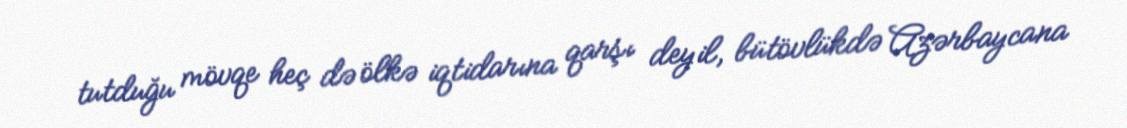
tutduğu mövqe heç də ölkə iqtidarına qarşı deyil, bütövlükdə Azərbaycana